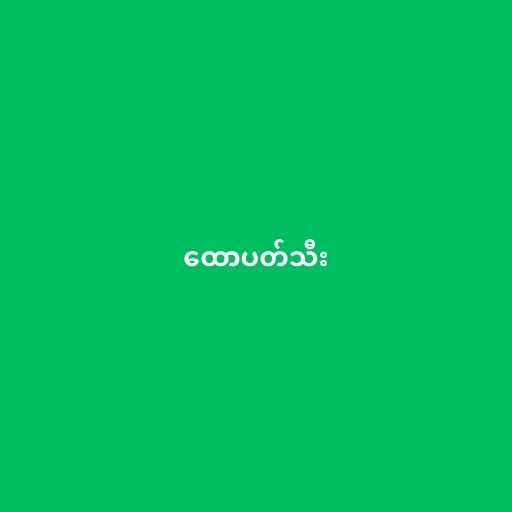
ထောပတ်သီး